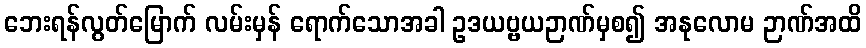
ဘေးရန်လွတ်မြောက် လမ်းမှန် ရောက်သောအခါ ဥဒယဗ္ဗယဉာဏ်မှစ၍ အနုလောမ ဉာဏ်အထိ